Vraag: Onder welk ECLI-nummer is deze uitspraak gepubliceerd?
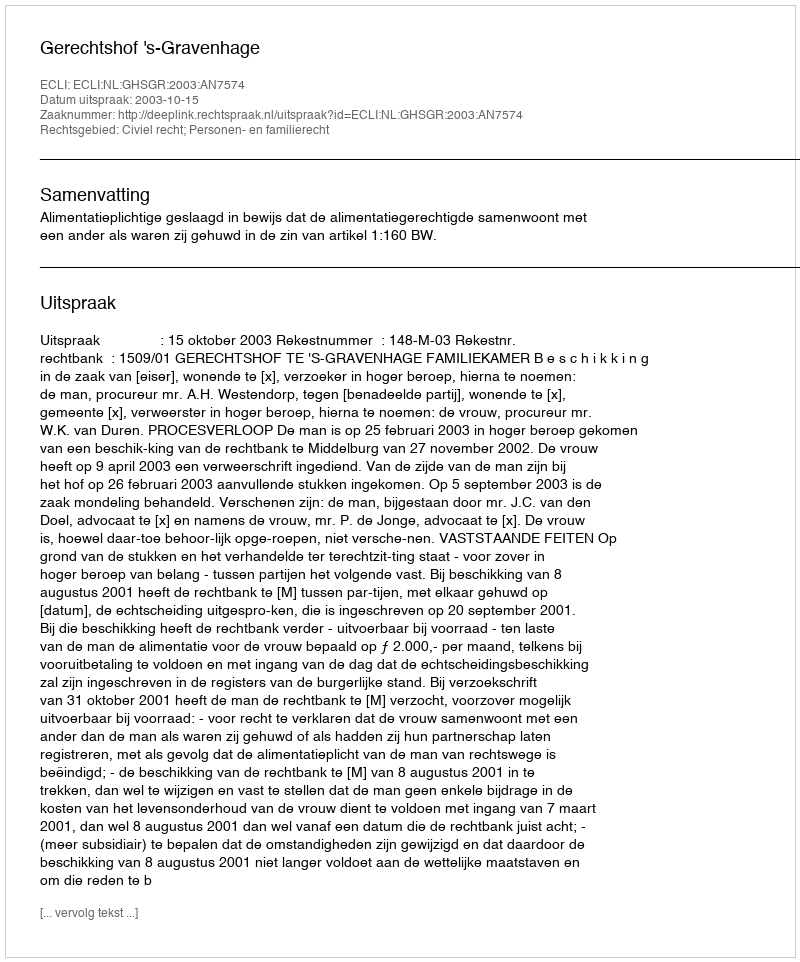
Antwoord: ECLI:NL:GHSGR:2003:AN7574